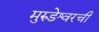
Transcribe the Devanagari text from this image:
मुरुडेश्वरची